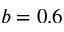
b = 0 . 6